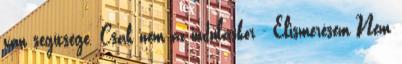
van segítsége. Csak nem az induláskor - Elismerésem Nem